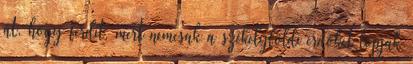
át, hogy ferdít, mert nemcsak a székelyföldi erdőket lopják